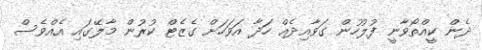
ދެން ކީއްތޯވާނީ ފުލުހުން ގަވާއިދެއް ހަދާ އަވަހަށް ގެޒެޓް ކުރުން މާލޭގައި އެއްވެސް